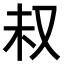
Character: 𫨴